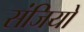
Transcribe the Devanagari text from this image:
संजियो